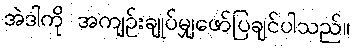
အဲဒါကို အကျဉ်းချုပ်မျှဖော်ပြချင်ပါသည်။